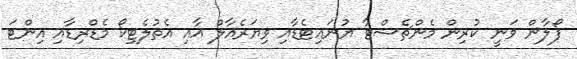
ފޯލާން ވަނީ ކުރިން މެންޗެސްޓާ ޔުނައިޓެޑާއި ވިޔަރެއާލް އާއި އެތުލެޓިކޯ މެޑްރިޑާއި އިންޓަ